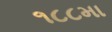
૧૮૮મા